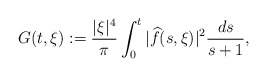
\begin{align*}G( t,\xi):= \frac{|\xi|^4}{\pi} \int_0^t |\widehat{f}( s,\xi)|^2 \frac{d s}{s+1},\end{align*}